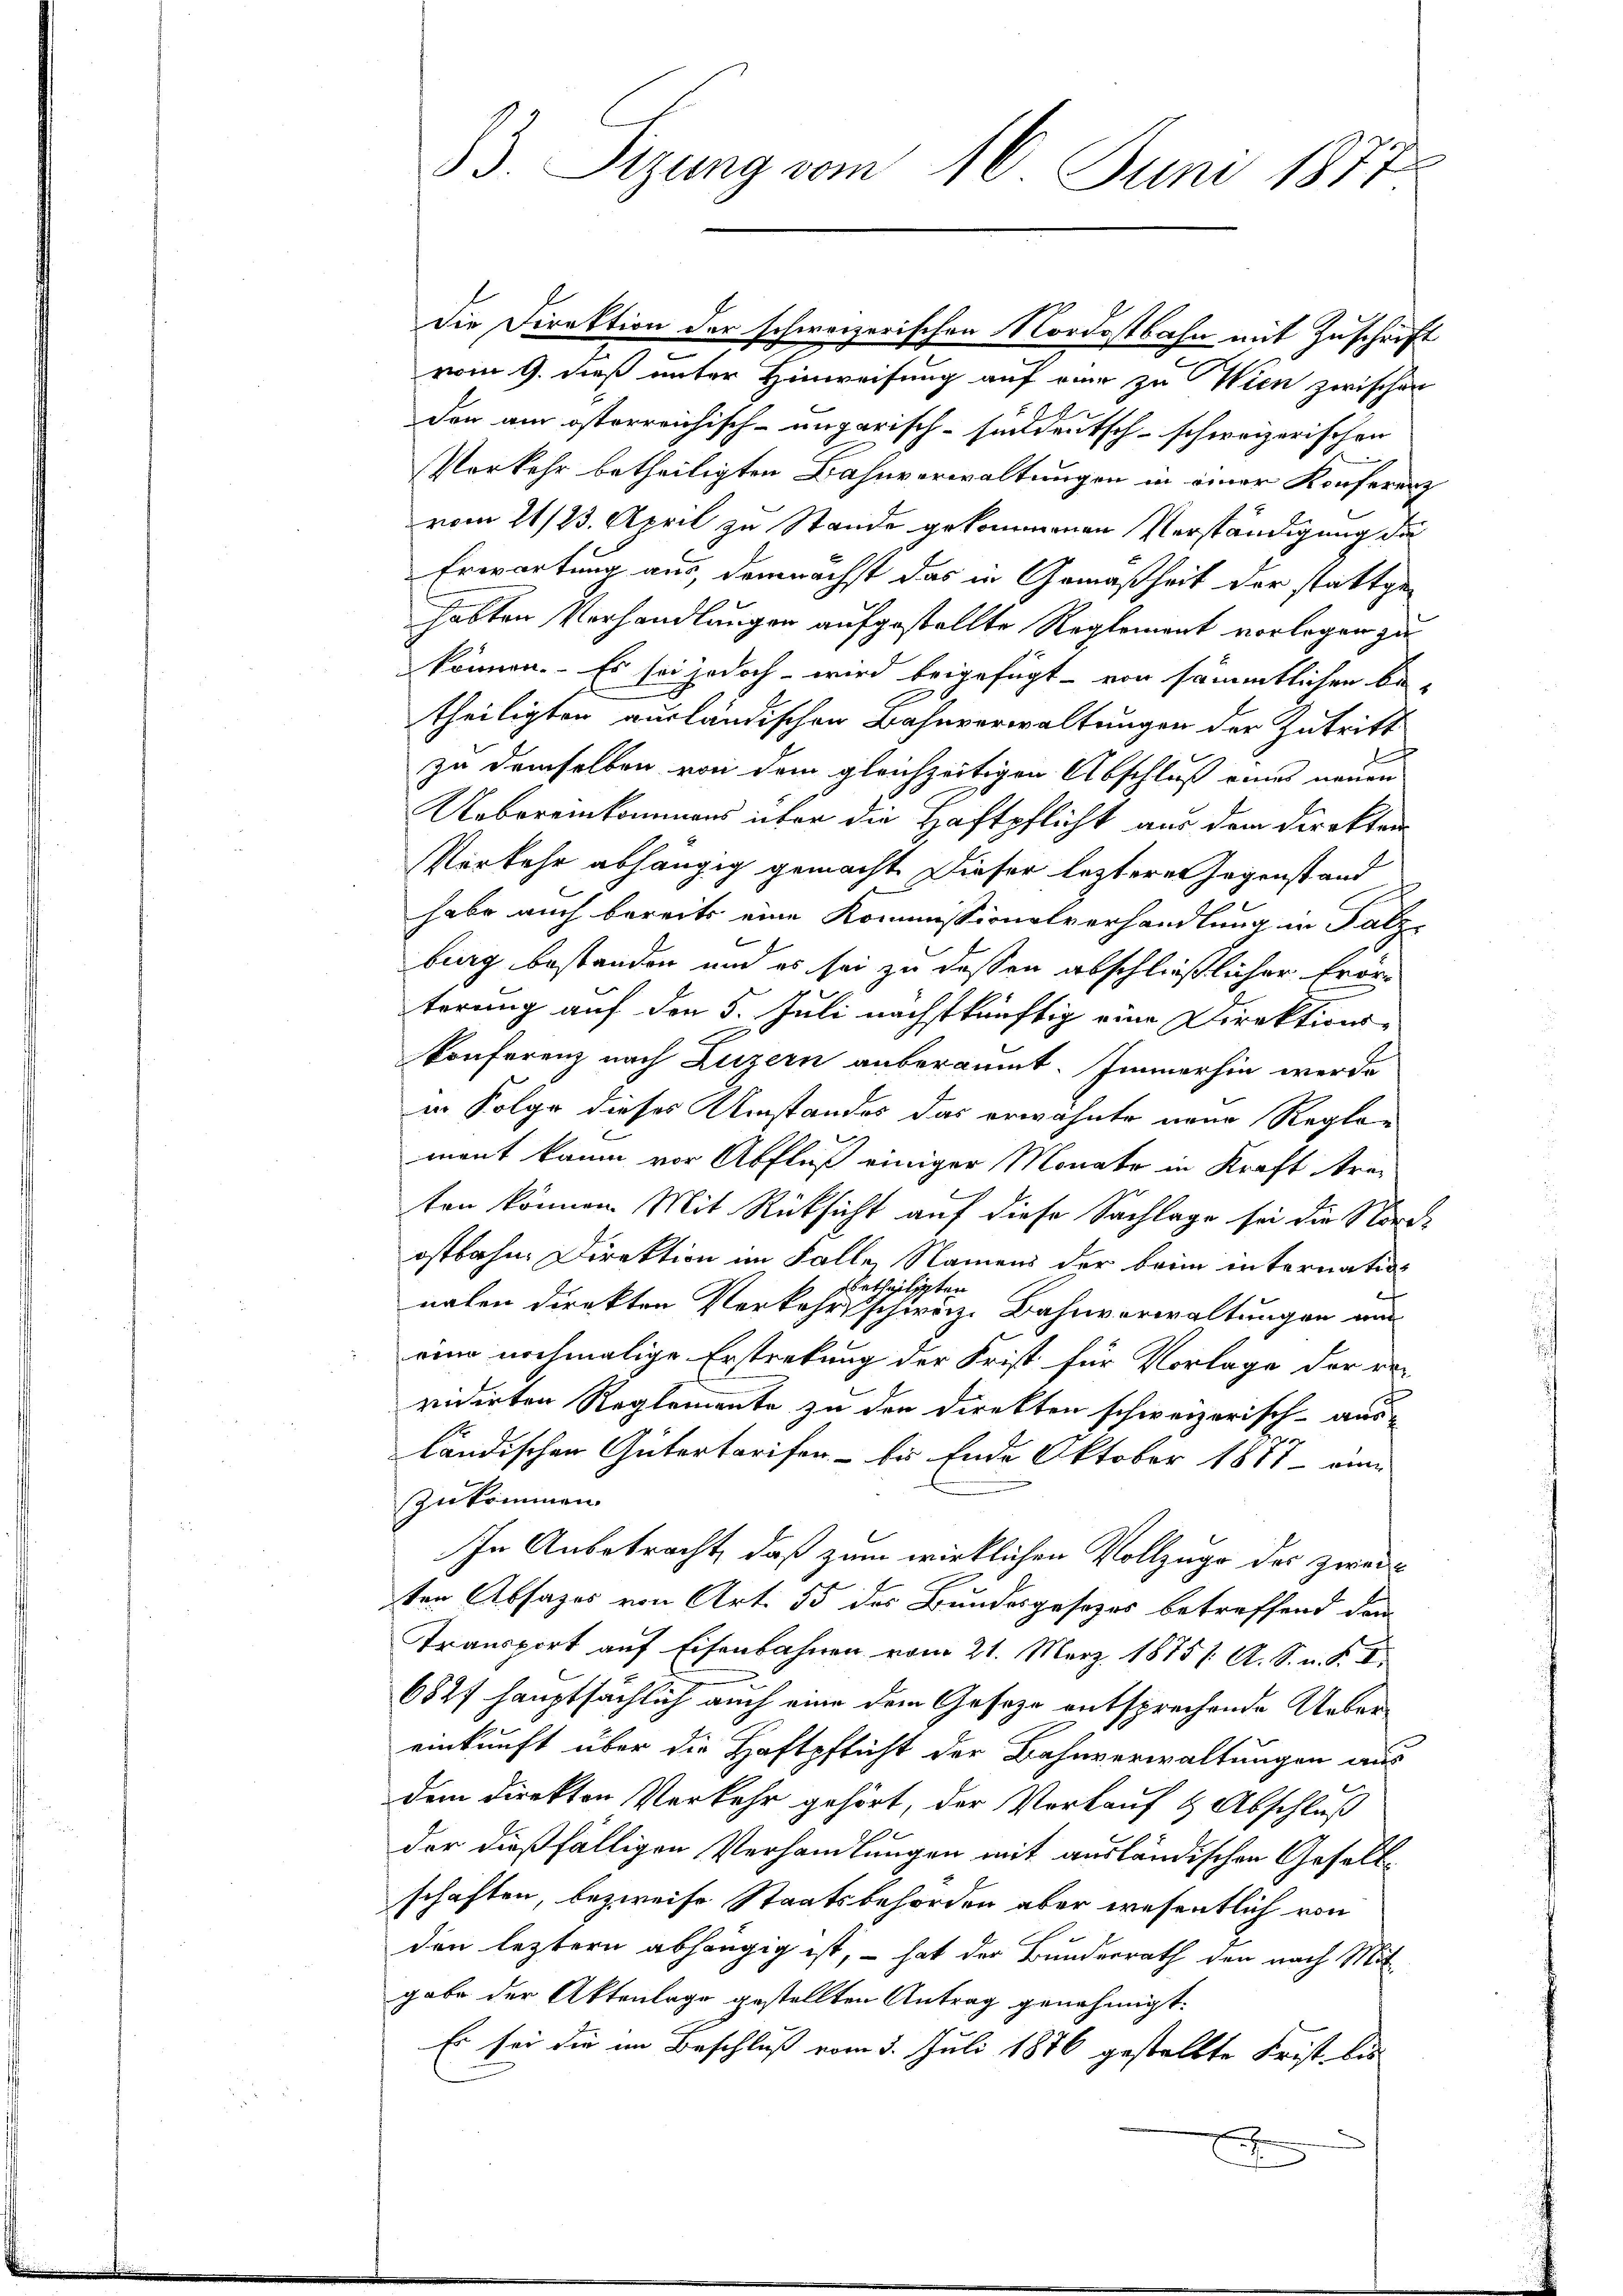
Die Direktion der schweizerischen Nordostbahn mit Zuschrift
vom 9. dieß unter Hinweisung auf eine zu Wien zwischen
den am österreichisch-ungarisch-siddeutsch-schweizerischen
Verkehr betheiligten Bahnverwaltungen in einer Konferenz
vom 21/23. April zu Stande gekommenen Verständigung die
Erwartung aus, demnächst das in Gemäßheit der stattge-
habten Verhandlungen aufgestellte Reglement vorlegen zu
können. Es sei jedoch wird beigefügt - von sämmtlichen betheiligten ausländischen Bahnverwaltungen der Zutritt
zu demselben von dem gleichzeitigen Abschluß eines neuen
Uebereinkommens über die Haftpflicht aus dem Direkten
Verkehr abhängig gemacht. Dieser lezterer Gegenstand
habe auch bereits eine Kommissionalverhandlung in Salz-
burg bestanden und es sei zu dessen abschließlicher Erörterung auf den 5. Juli nächstkünftig eine Direktionskonferenz nach Luzern anberaumt. Immerhin werde
in Folge dieses Umstandes das erwähnte neue Regler
mont kaum vor Abfluß einiger Monate in Kraft treten können Mit Rücksicht auf diese Sachlage sei die Nords
ostbahn Direktion im Falle, Namens der beim internatiosbetheiligten
nalen direkten Verkehrs schweiz. Bahnverwaltungen und
ein nochmalige Erstreckung der Frist für Vorlage der re-
vidirten Reglemente zu der Direkten schweizerisch-aus-
ländischen Gütertarifen - bis Ende Oktober 1877 - au
zukommen.
In Anbetracht, daß zum wirklichen Vollzuge des zwei
ten Absages von Art. 55 des Bundesgesezes betreffend dann
Transport auf Eisenbahnen vom 21. März 1875 /: A. S. n. F. I
6827 hauptsächlich auch eine dem Geseze entsprechende Uebereinkunft über die Haftpflicht der Bahnverwaltungen aus
dem direkton Verkehr gehört, der Verkauf & Abschluß
der dießfälligen Verhandlungen mit ausländischen Gesellschaften, bezweife Staatsbehörden aber wesentlich von
den leztern abhängig ist, – hat der Bundesrath den nach Mit
gabe der Aktenlage gestellten Antrag genehmigt.
Es sei die im Beschluß vom 5. Juli 1876 gestellte Frist lie
x

33. Sizung vom 16. Juni 1877